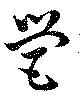
営